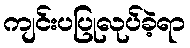
ကျင်းပပြုလုပ်ခဲ့ရာ